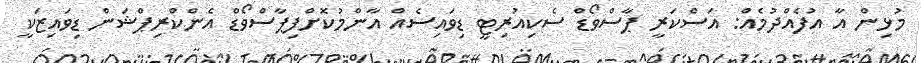
މުޅިން އާ އުފެއްދުމެއް: އަސްކަރީ ޕާސްވޯޑް ސެކިއުރިޓީ ޑިވައިސެއް އާންމުކޮށްފިޕާސްވޯޑް އެންކްރިޕްޝަން ޑިވައިޒަކީ